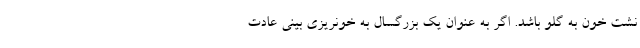
نشت خون به گلو باشد. اگر به عنوان یک بزرگسال به خونریزی بینی عادت